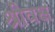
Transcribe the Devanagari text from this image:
श्रीवक्ष